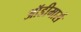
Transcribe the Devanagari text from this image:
ऑडीमार्स